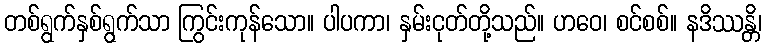
တစ်ရွက်နှစ်ရွက်သာ ကြွင်းကုန်သော။ ပါပကာ၊ နှမ်းငုတ်တို့သည်။ ဟဝေ၊ စင်စစ်။ နဒိဿန္တိ၊